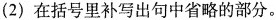
(2) 在括号里补写出句中省略的部分。